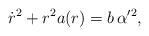
LaTeX: \begin{align*}\dot{r}^2+r^2 a(r)=b\,\alpha'^2,\end{align*}